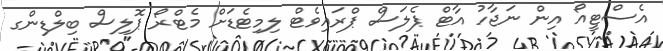
އެސްޓީއޯ އިން ނަޖާހު އާޓް ޕެލަސް ޕްރައިވެޓް ލިމިޓެޑަށް މެޓްރޯ ޕޮލިސް ބިލްޑިންގ